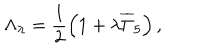
LaTeX: \Lambda _ { \lambda } = \frac 1 2 \left( 1 + \lambda \overline { { { \Gamma } } } _ { 5 } \right) ,